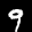
Label: 9